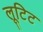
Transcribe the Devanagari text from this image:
लूटिट